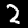
Digit: 2